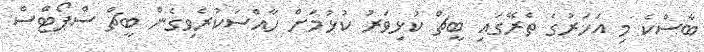
ބާސްކެ މި އަހަރުގެ ތެރޭގައި ބީޗް ކުޅިވަރު ކުޅުމަށް ހާއްސަކުރެވިގެން ބީޗް ސްޕޯޓްސް